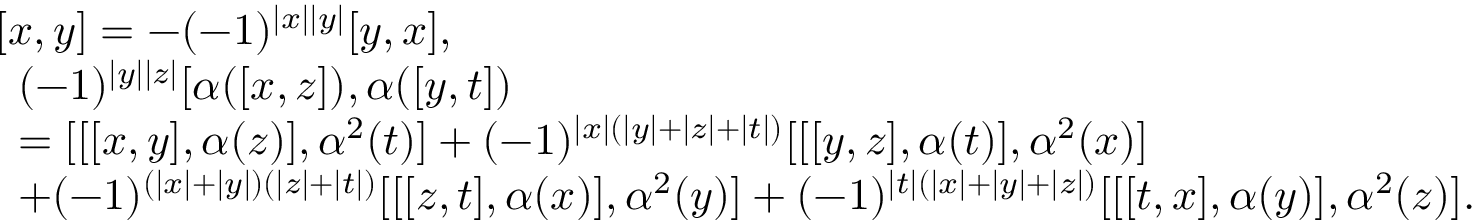
\begin{array} { r l } & { [ x , y ] = - ( - 1 ) ^ { | x | | y | } [ y , x ] , } \\ & { \begin{array} { l } { ( - 1 ) ^ { | y | | z | } [ \alpha ( [ x , z ] ) , \alpha ( [ y , t ] ) } \\ { = [ [ [ x , y ] , \alpha ( z ) ] , \alpha ^ { 2 } ( t ) ] + ( - 1 ) ^ { | x | ( | y | + | z | + | t | ) } [ [ [ y , z ] , \alpha ( t ) ] , \alpha ^ { 2 } ( x ) ] } \\ { + ( - 1 ) ^ { ( | x | + | y | ) ( | z | + | t | ) } [ [ [ z , t ] , \alpha ( x ) ] , \alpha ^ { 2 } ( y ) ] + ( - 1 ) ^ { | t | ( | x | + | y | + | z | ) } [ [ [ t , x ] , \alpha ( y ) ] , \alpha ^ { 2 } ( z ) ] . } \end{array} } \end{array}